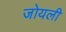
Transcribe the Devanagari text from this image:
जोयली